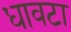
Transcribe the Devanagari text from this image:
धावटा